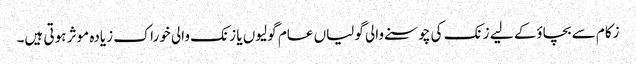
زکام سے بچاؤ‌کے لیے زنک کی چوسنے والی گولیاں عام گولیوں یا زنک والی خوراک زیادہ موثر ہوتی ہیں۔